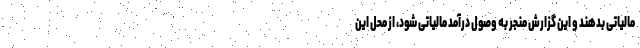
مالیاتی بدهند و این گزارش منجر به وصول درآمد مالیاتی شود، از محل این